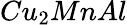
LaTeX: Cu_{2}MnAl